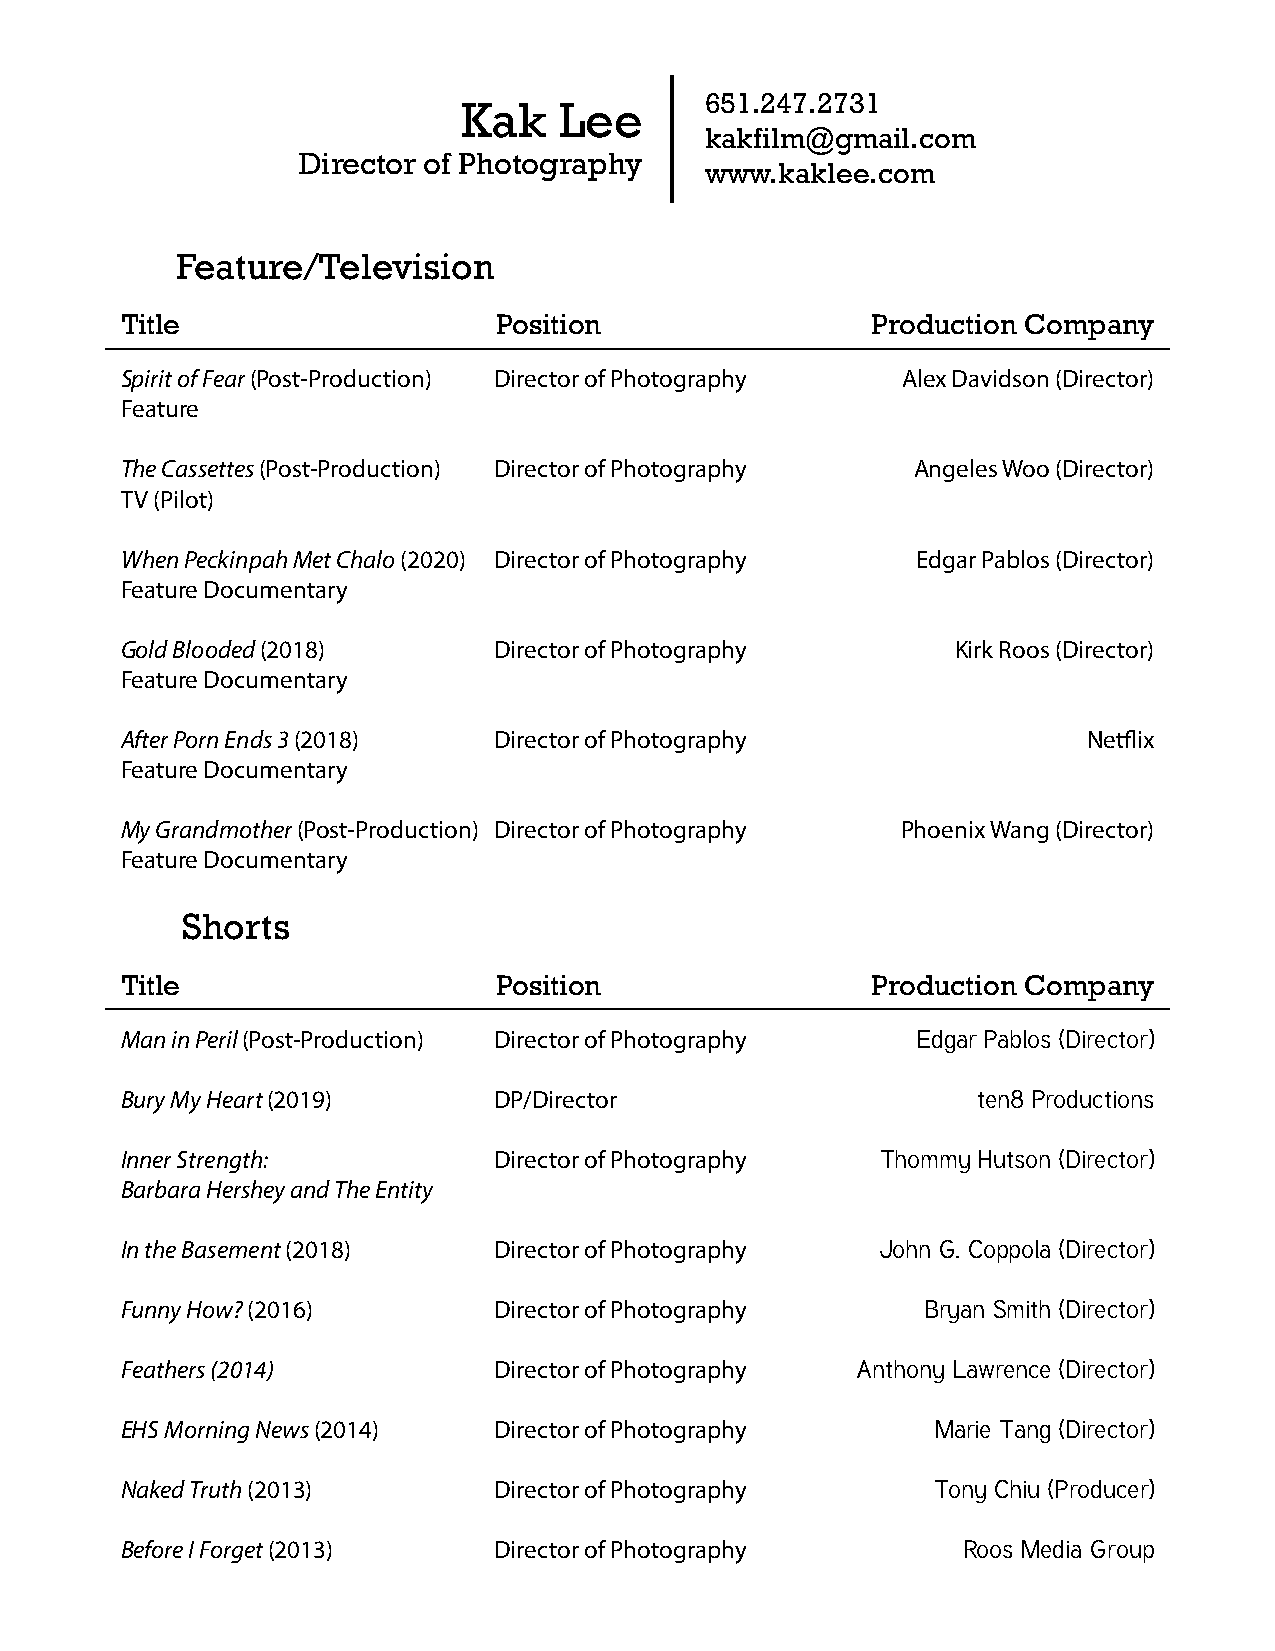
651.247.2731
 Kak    Lee
 kakfilm@gmail.com
 Director of Photography
 www.kaklee.com
 Feature/Television
 Title                    Position                 Production Company
 Spirit of Fear (Post-Production) Director of Photography Alex Davidson (Director)
 Feature
 The Cassettes (Post-Production) Director of Photography Angeles Woo (Director)
 TV (Pilot)
 When Peckinpah Met Chalo (2020) Director of Photography Edgar Pablos (Director)
 Feature Documentary
 Gold Blooded (2018)      Director of Photography       Kirk Roos (Director)
 Feature Documentary
 After Porn Ends 3 (2018) Director of Photography                Netflix
 Feature Documentary
 My Grandmother (Post-Production) Director of Photography Phoenix Wang (Director)
 Feature Documentary
 Shorts
 Title                    Position                 Production Company
 Man in Peril (Post-Production) Director of Photography Edgar Pablos (Director)
 Bury My Heart (2019)     DP/Director                     ten8 Productions
 Inner Strength:          Director of Photography  Thommy Hutson (Director)
 Barbara Hershey and The Entity
 In the Basement (2018)   Director of Photography  John G. Coppola (Director)
 Funny How? (2016)        Director of Photography     Bryan Smith (Director)
 Feathers (2014)          Director of Photography Anthony Lawrence (Director)
 EHS Morning News (2014)  Director of Photography      Marie Tang (Director)
 Naked Truth (2013)       Director of Photography      Tony Chiu (Producer)
 Before I Forget (2013)   Director of Photography        Roos Media Group